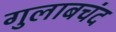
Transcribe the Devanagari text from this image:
गुलाबचंद